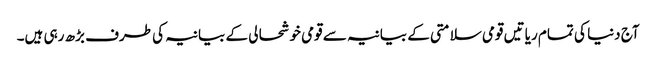
آج دنیا کی تمام ریا تیں قومی سلامتی کے بیانیہ سے قومی خوشحا لی کے بیانیہ کی طرف بڑھ رہی ہیں۔